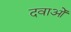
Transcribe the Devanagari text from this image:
दवाओँ